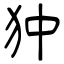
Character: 狆